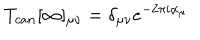
T _ { c a n } [ \infty ] _ { \mu \nu } = \delta _ { \mu \nu } e ^ { - 2 \pi i \alpha _ { \mu } }